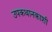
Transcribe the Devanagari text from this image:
उपकथानकाशी